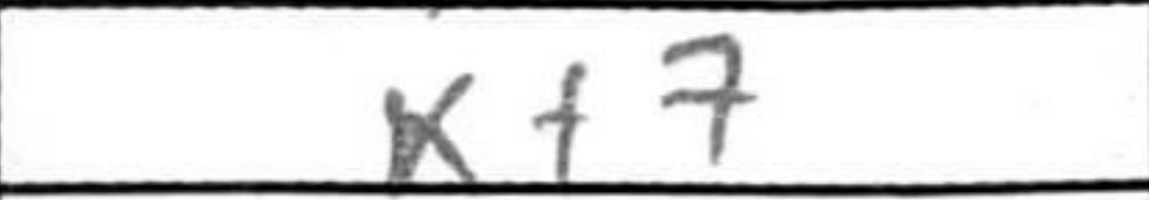
Transcription: Kf7